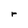
Character: r